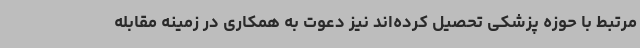
مرتبط با حوزه پزشکی تحصیل کرده‌اند نیز دعوت به همکاری در زمینه مقابله